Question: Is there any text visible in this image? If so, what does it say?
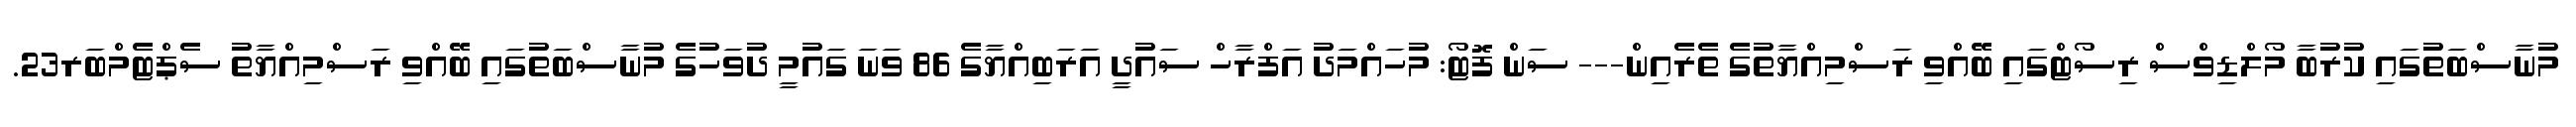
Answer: މުނާސްބަތުގައި ކުރުބާ މޯލްޑިވްސް ރިސޯޓްގައި ބޭއްވި ރަސްމިއްޔާތުގެ ތެރެއިން--- ސަން ފޮޓޯ: މުހައްމަދު އަފްރާހް ސައުދީ އަރަބިއްޔާގެ 86 ވަނަ ގައުމީ ދުވަހުގެ މުނާސްބަތުގައި ބޭއްވި ރަސްމިއްޔާތު ސެޕްޓެމްބަރ23.